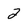
Character: 2